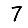
Digit: 7